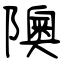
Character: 隩